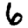
Digit: 6